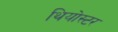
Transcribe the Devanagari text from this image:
थियोस्टर